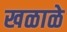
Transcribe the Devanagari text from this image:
खळाळे